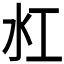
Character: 𬇔